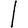
Digit: 1